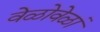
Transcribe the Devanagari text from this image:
वेळोवेळां